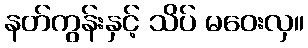
နတ်ကွန်းနှင့် သိပ် မဝေးလှ။